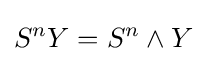
S^{n}Y=S^{n}\land Y